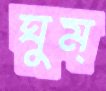
ঘুম্